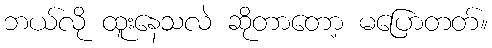
ဘယ်လို ထူးနေသလဲ ဆိုတာတော့ မပြောတတ်။